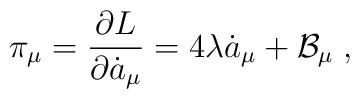
\pi_{\mu}=\frac{\partial L}{\partial\dot{a}_{\mu}}=4\lambda\dot{a}_{\mu}+\mathcal{B}_{\mu}\;,